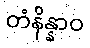
တံနိန္နာဝ